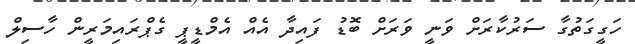
ހަގީގަތުގާ ސަރުކާރަށް ވަނީ ވަރަށް ބޮޑު ފައިދާ އެއް އެމްޑީޕީ ގެޕްރައިމަރީން ހާސިލް